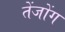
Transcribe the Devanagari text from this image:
तेंजोंग